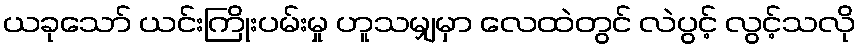
ယခုသော် ယင်းကြိုးပမ်းမှု ဟူသမျှမှာ လေထဲတွင် လဲပွင့် လွင့်သလို